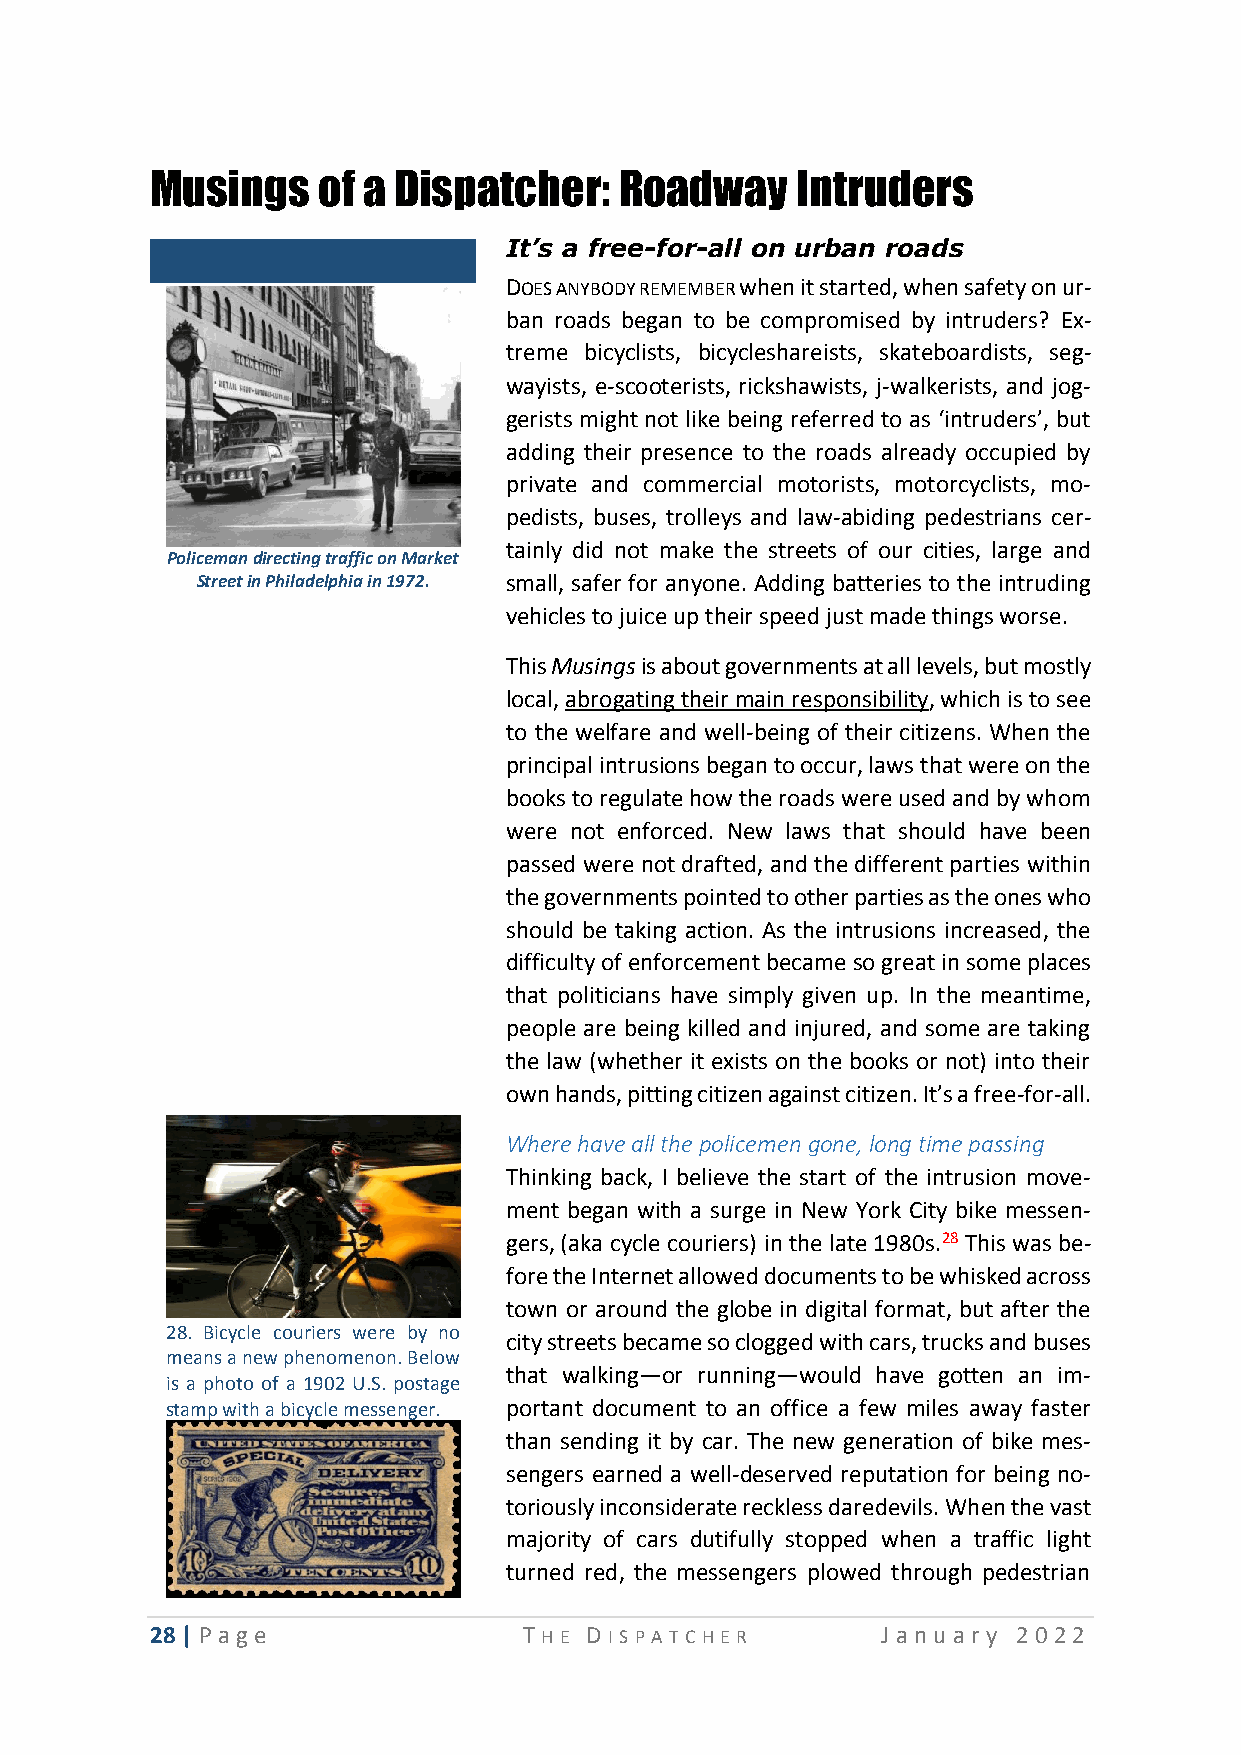
Musings    of a Dispatcher:    Roadway     Intruders
 It’s a free-for-all on urban roads
 DOES ANYBODY REMEMBER when it started, when safety on ur-
 ban roads began to be compromised by intruders? Ex-
 treme bicyclists, bicycleshareists, skateboardists, seg-
 wayists, e-scooterists, rickshawists, j-walkerists, and jog-
 gerists might not like being referred to as ‘intruders’, but
 adding their presence to the roads already occupied by
 private and commercial motorists, motorcyclists, mo-
 pedists, buses, trolleys and law-abiding pedestrians cer-
 tainly did not make the streets of our cities, large and
 Policeman directing traffic on Market
 Street in Philadelphia in 1972. small, safer for anyone. Adding batteries to the intruding
 vehicles to juice up their speed just made things worse.
 This Musings is about governments at all levels, but mostly
 local, abrogating their main responsibility, which is to see
 to the welfare and well-being of their citizens. When the
 principal intrusions began to occur, laws that were on the
 books to regulate how the roads were used and by whom
 were not enforced. New laws that should have been
 passed were not drafted, and the different parties within
 the governments pointed to other parties as the ones who
 should be taking action. As the intrusions increased, the
 difficulty of enforcement became so great in some places
 that politicians have simply given up. In the meantime,
 people are being killed and injured, and some are taking
 the law (whether it exists on the books or not) into their
 own hands, pitting citizen against citizen. It’s a free-for-all.
 Where have all the policemen gone, long time passing
 Thinking back, I believe the start of the intrusion move-
 ment began with a surge in New York City bike messen-
 gers, (aka cycle couriers) in the late 1980s.28 This was be-
 fore the Internet allowed documents to be whisked across
 town or around the globe in digital format, but after the
 28. Bicycle couriers were by no
 city streets became so clogged with cars, trucks and buses
 means a new phenomenon. Below
 that walking—or running—would have gotten an im-
 is a photo of a 1902 U.S. postage
 stamp with a bicycle messenger. portant document to an office a few miles away faster
 than sending it by car. The new generation of bike mes-
 sengers earned a well-deserved reputation for being no-
 toriously inconsiderate reckless daredevils. When the vast
 majority of cars dutifully stopped when a traffic light
 turned red, the messengers plowed through pedestrian
 28 | P age               T HE D I SP A T CHE R  Ja n u ary 2 0 22